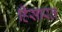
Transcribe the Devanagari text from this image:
हिंसारत